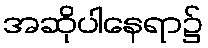
အဆိုပါနေရာ၌